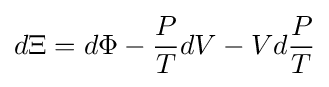
d\Xi =d\Phi -{\frac {P}{T}}dV-Vd{\frac {P}{T}}